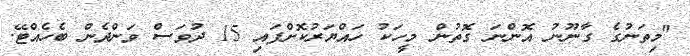
"މިތަނުގެ ގާނޫނު އޮންނަ ގޮތުން މީހަކު ހައްޔަރުކޮށްފައި 15 ދުވަސް ވަންދެން ބެހެއްޓޭ.